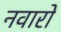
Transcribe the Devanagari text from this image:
नवारों